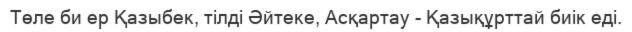
Төле би ер Қазыбек, тілді Әйтеке, Асқартау - Қазықұрттай биік еді.